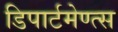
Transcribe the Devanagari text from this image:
डिपार्टमेण्त्स